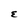
Character: E